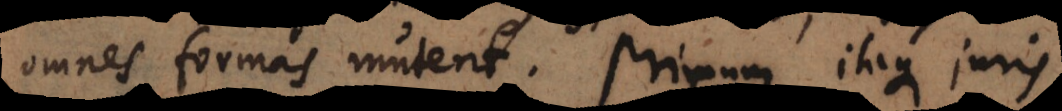
omnes formas mutent. Primum itaque juris